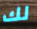
لك